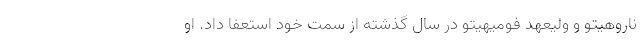
ناروهیتو و ولیعهد فومیهیتو در سال گذشته از سمت خود استعفا داد. او